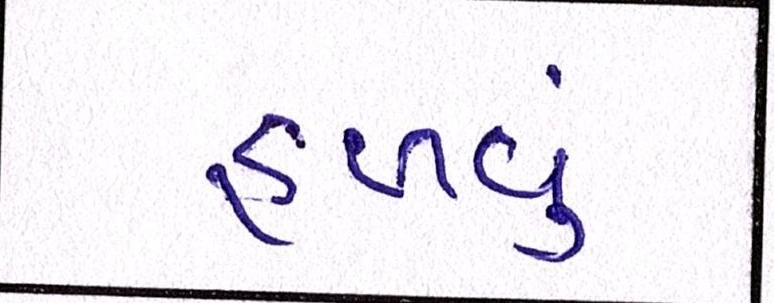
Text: હળવું